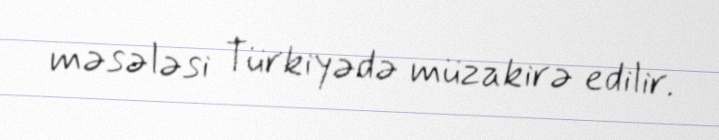
məsələsi Türkiyədə müzakirə edilir.